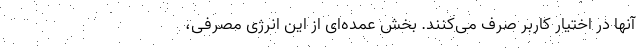
آنها در اختیار کاربر صرف می‌کنند. بخش عمده‌ای از این انرژی مصرفی،